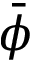
\bar { \phi }